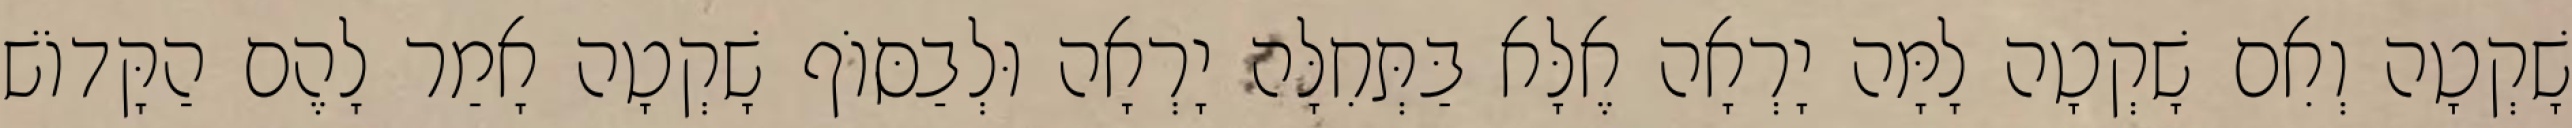
שָׁקְטָה וְאִם שָׁקְטָה לָמָּה יָרְאָה אֶלָּא בַּתְּחִלָּה יָרְאָה וּלְבַסּוֹף שָׁקְטָה אָמַר לָהֶם הַקָּדוֹשׁ